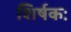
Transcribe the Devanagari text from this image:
शिर्षकः